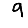
Digit: 9